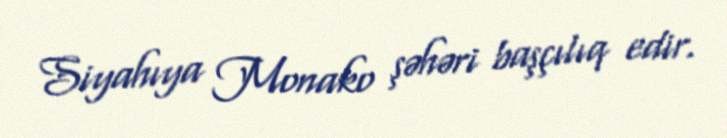
Siyahıya Monako şəhəri başçılıq edir.